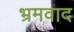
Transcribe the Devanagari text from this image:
भ्रमवाद